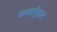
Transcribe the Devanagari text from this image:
अन्तर्गुंफन